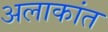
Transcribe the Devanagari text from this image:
अलाकांत